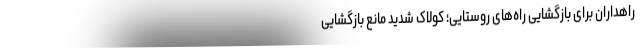
راهداران برای بازگشایی راه‌های روستایی؛ کولاک شدید مانع بازگشایی